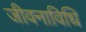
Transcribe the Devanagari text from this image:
जीवनाविधि